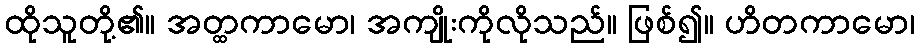
ထိုသူတို့၏။ အတ္ထကာမော၊ အကျိုးကိုလိုသည်။ ဖြစ်၍။ ဟိတကာမော၊